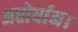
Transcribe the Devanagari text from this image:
अप्तोर्याम।